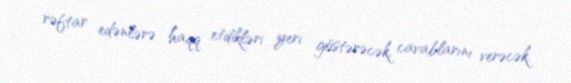
rəftar edənlərə haqq etdikləri yeri göstərəcək, cavablarını verəcək.